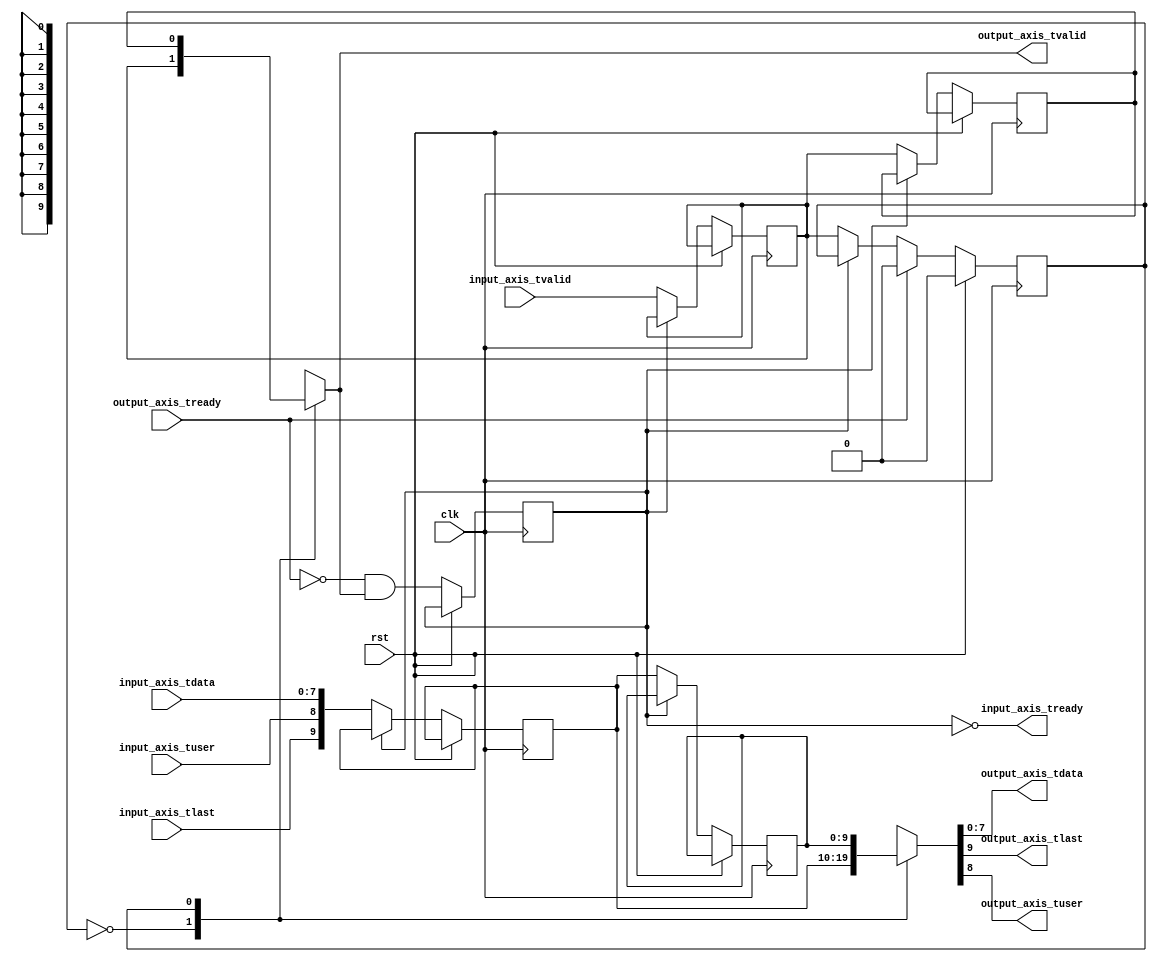
module axis_srl_register #
(
    parameter DATA_WIDTH = 8
)
(
    input  wire                       clk,
    input  wire                       rst,

    /*
     * AXI input
     */
    input  wire [DATA_WIDTH-1:0]  input_axis_tdata,
    input  wire                   input_axis_tvalid,
    output wire                   input_axis_tready,
    input  wire                   input_axis_tlast,
    input  wire                   input_axis_tuser,

    /*
     * AXI output
     */
    output wire [DATA_WIDTH-1:0]  output_axis_tdata,
    output wire                   output_axis_tvalid,
    input  wire                   output_axis_tready,
    output wire                   output_axis_tlast,
    output wire                   output_axis_tuser
);

reg [DATA_WIDTH+2-1:0] data_reg[1:0];
reg valid_reg[1:0];
reg ptr_reg = 0;
reg full_reg = 0;

assign {output_axis_tlast, output_axis_tuser, output_axis_tdata} = data_reg[ptr_reg];
assign input_axis_tready = ~full_reg;
assign output_axis_tvalid = valid_reg[ptr_reg];

integer i;

initial begin
    for (i = 0; i < 2; i = i + 1) begin
        data_reg[i] <= 0;
        valid_reg[i] <= 0;
    end
end

always @(posedge clk) begin
    if (rst) begin
        ptr_reg <= 0;
    end else begin
        // transfer empty to full
        full_reg <= ~output_axis_tready & output_axis_tvalid;

        // transfer in if not full
        if (input_axis_tready) begin
            data_reg[0] <= {input_axis_tlast, input_axis_tuser, input_axis_tdata};
            valid_reg[0] <= input_axis_tvalid;
            for (i = 0; i < 1; i = i + 1) begin
                data_reg[i+1] <= data_reg[i];
                valid_reg[i+1] <= valid_reg[i];
            end
            ptr_reg <= valid_reg[0];
        end

        if (output_axis_tready) begin
            ptr_reg <= 0;
        end
    end
end

endmodule